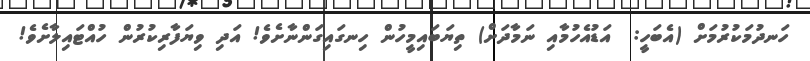
ހަނދުމަކުރުމަށް (އެބަހީ:  އަޑުއެހުމާއި ނަމާދަށް) ތިޔަބައިމީހުން ހިނގައިގަންނާށެވެ! އަދި ވިޔަފާރިކުރުން ހުއްޓައިލާށެވެ!